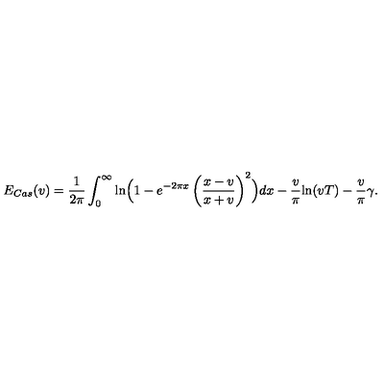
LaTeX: E _ { C a s } ( v ) = \frac { 1 } { 2 \pi } \int _ { 0 } ^ { \infty } \mathrm { l n } \Bigl ( 1 - e ^ { - 2 \pi x } \left( \frac { x - v } { x + v } \right) ^ { 2 } \Bigr ) d x - \frac { v } { \pi } \mathrm { l n } ( v T ) - \frac { v } { \pi } \gamma .